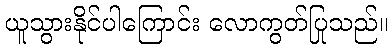
ယူသွားနိုင်ပါကြောင်း လောကွတ်ပြုသည်။